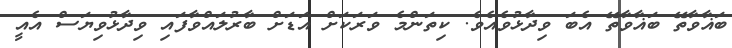
ބަޣާވާތޭ ބަޣާވާތޭ އެބަ ވިދާޅުވެއެވެ. ކިތަންމެ ވަރަކަށް އަޑަށް ބާރުލައްވާފައި ވިދާޅުވިޔަސް އެއީ